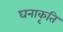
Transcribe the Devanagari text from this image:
घनाकृति